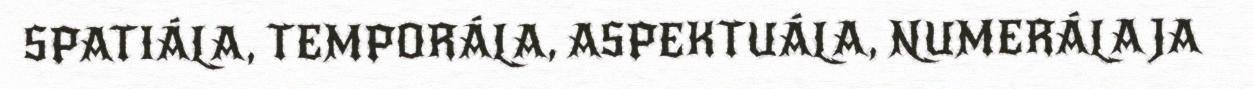
SPATIÁLA, TEMPORÁLA, ASPEKTUÁLA, NUMERÁLA JA